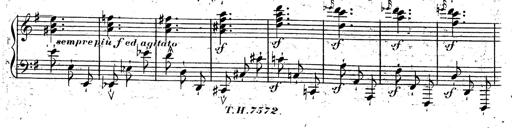
Title: Rondeau fantastique sur un thÃ¨me espagnol
Composer: Franz Liszt